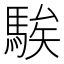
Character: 騃